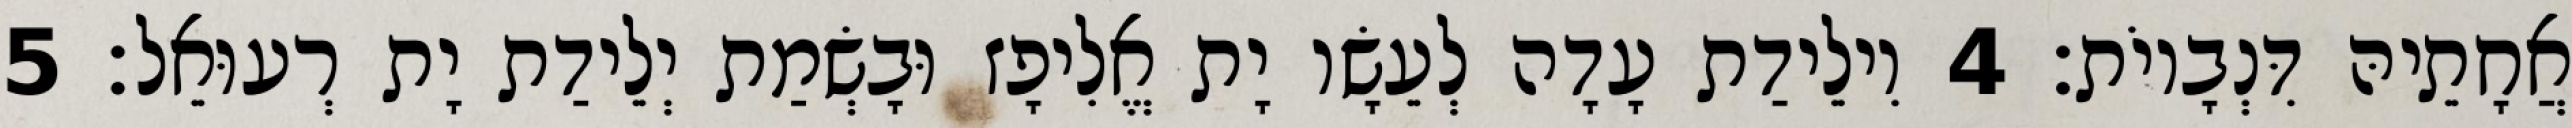
אֲחָתֵיהּ דִּנְבָיוֹת׃ 4 וִילֵידַת עָדָה לְעֵשָׂו יָת אֱלִיפָז וּבָשְׂמַת יְלֵידַת יָת רְעוּאֵל׃ 5